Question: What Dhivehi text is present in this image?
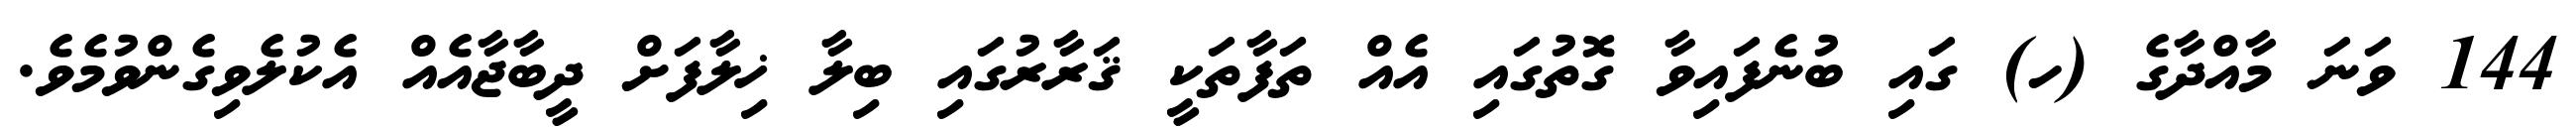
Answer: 144 ވަނަ މާއްދާގެ (ހ) ގައި ބުނެފައިވާ ގޮތުގައި އެއް ތަފާތަކީ ޤަރާރުގައި ބިލާ ޚިލާފަށް ދީބާޖާއެއް އެކުލެވިގެންވުމެވެ.